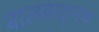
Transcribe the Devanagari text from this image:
बालवाड्मय